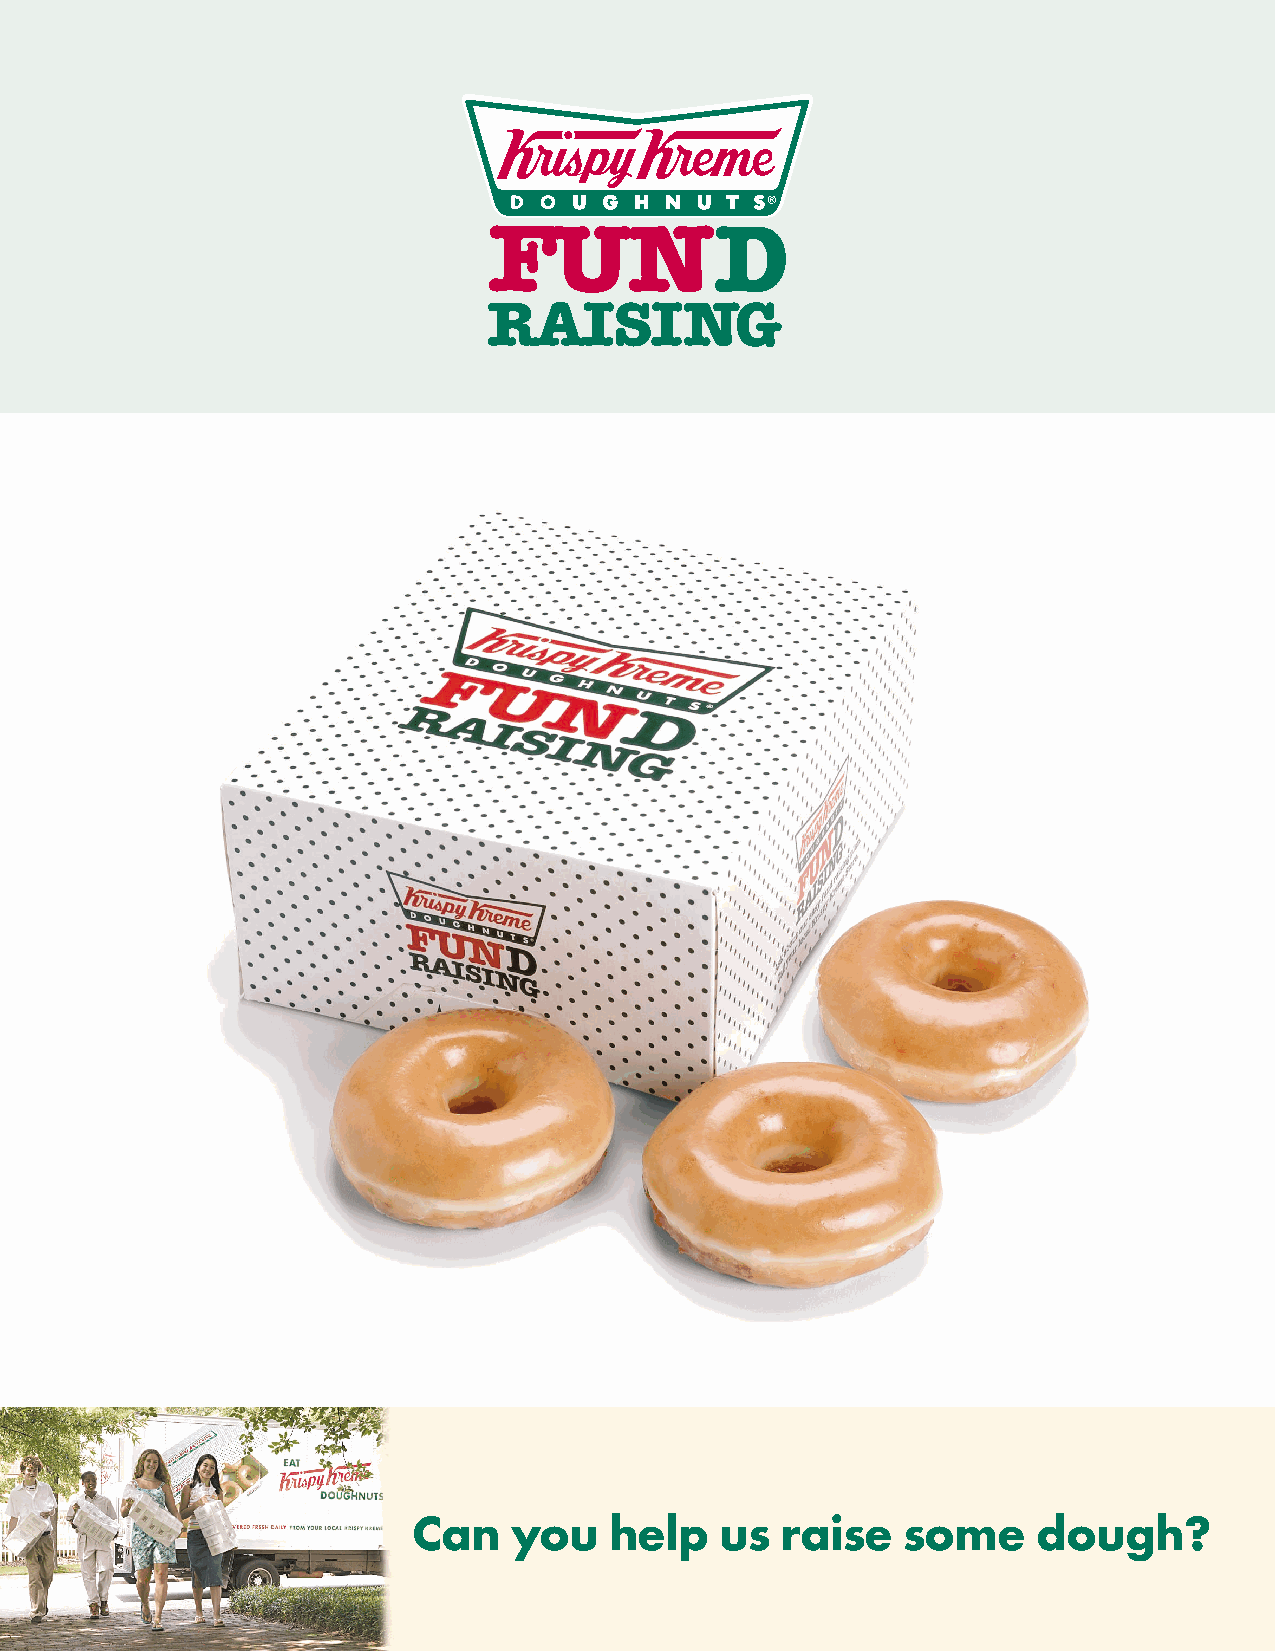
Can    you   help    us  raise   some     dough?